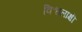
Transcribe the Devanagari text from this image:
विश्वलाक्षी